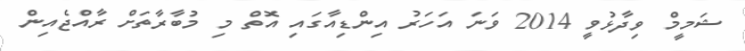
ޝަމީމް ވިދާޅުވީ 2014 ވަނަ އަހަރު އިންޑިއާގައި އޮތް މި މުބާރާތަށް ރާއްޖެއިން